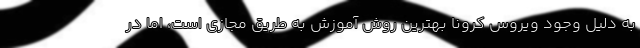
به دلیل وجود ویروس کرونا بهترین روش آموزش به طریق مجازی است، اما در